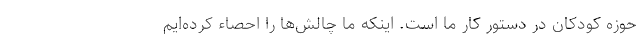
حوزه کودکان در دستور کار ما است. اینکه ما چالش‌ها را احصاء کرده‌ایم